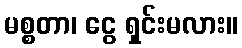
မစ္စတာ၊ ငွေ ရှင်းမလား။